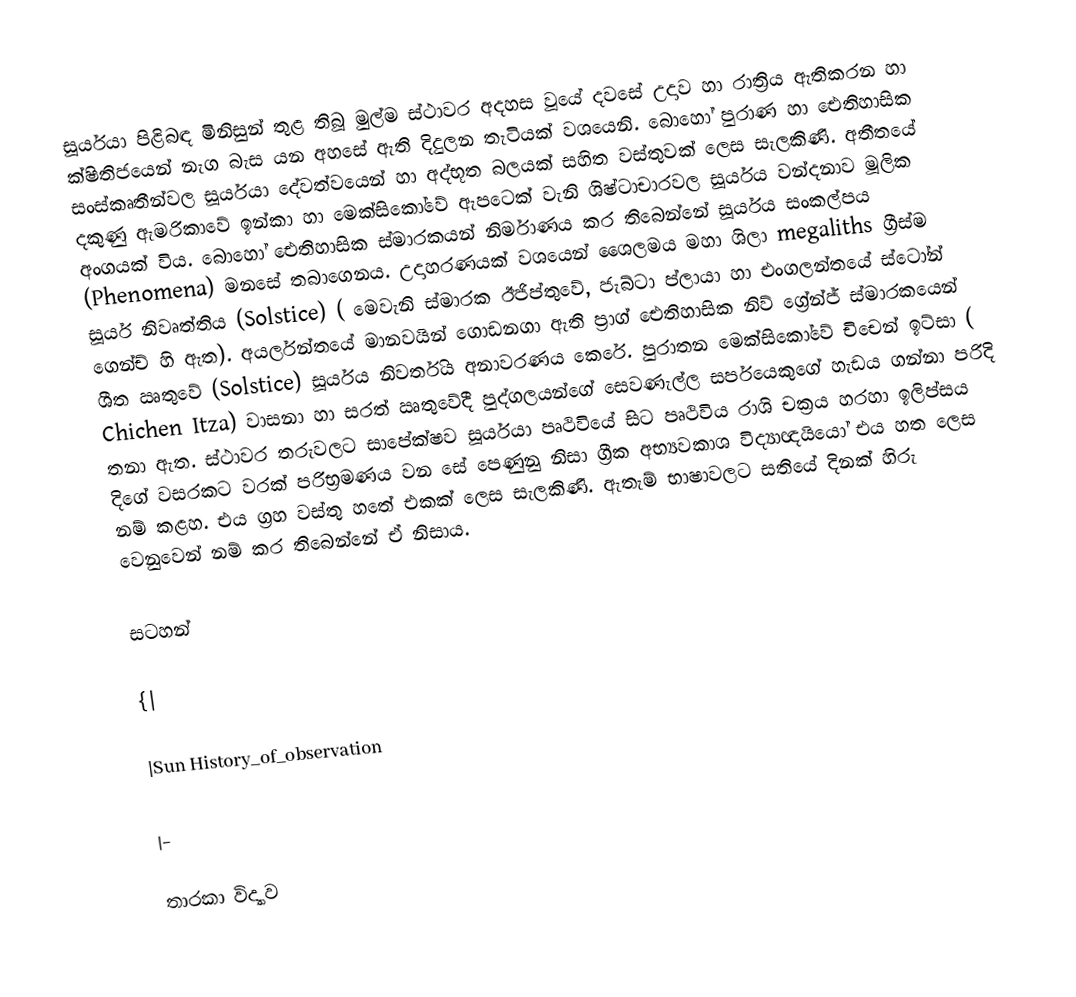
සූර්යයා පිළිබඳ මිනිසුන් තුළ තිබූ මුල්ම ස්ථාවර අදහස වූයේ දවසේ උදාව හා රාත්‍රිය ඇතිකරන හා ක්ෂිතිජයෙන් නැග බැස යන අහසේ ඇති දිදුලන තැටියක් වශයෙනි. බොහෝ පුරාණ හා ඓතිහාසික සංස්කෘතීන්වල සූර්යයා දේවත්වයෙන් හා අද්භූත බලයක් සහිත වස්තුවක් ලෙස සැලකිණි. අතීතයේ දකුණු ඇමරිකාවේ ඉන්කා හා මෙක්සිකෝවේ ඇපටෙක් වැනි ශිෂ්ටාචාරවල සූර්යය වන්දනාව මූලික අංගයක් විය. බොහෝ ඓතිහාසික ස්මාරකයන් නිර්මාණය කර තිබෙන්නේ සූර්යය සංකල්පය (Phenomena) මනසේ තබාගෙනය. උදාහරණයක් වශයෙන් ශෛලමය මහා ශිලා megaliths ග්‍රීස්ම සූර්ය නිවෘත්තිය (Solstice) ( මෙවැනි ස්මාරක ඊජිප්තුවේ, ජැබ්ටා ප්ලායා හා එංගලන්තයේ ස්ටෝන් ගෙන්ච් හි ඇත). අයර්ලන්තයේ මානවයින් ගොඩනගා ඇති ප්‍රාග් ඓතිහාසික නිව් ග්‍රේන්ජ් ස්මාරකයෙන් ශීත ඍතුවේ (Solstice) සූර්යය නිවර්තිය අනාවරණය කෙරේ. පුරාතන මෙක්සිකෝවේ චිචෙන් ඉට්සා ( Chichen Itza) වාසනා හා සරත් ඍතුවේදී පුද්ගලයන්ගේ සෙවණැල්ල සර්පයෙකුගේ හැඩය ගන්නා පරිදි තනා ඇත. ස්ථාවර තරුවලට සාපේක්ෂව සූර්යයා පෘථිවියේ සිට පෘථිවිය රාශි චක්‍රය හරහා ඉලිප්සය දිගේ වසරකට වරක් පරිභ්‍රමණය වන සේ පෙණුනු නිසා ග්‍රීක අභ්‍යවකාශ විද්‍යාඥයියෝ එය හත ලෙස නම් කළහ. එය ග්‍රහ වස්තු හතේ එකක් ලෙස සැලකිණි. ඇතැම් භාෂාවලට සතියේ දිනක් හිරු වෙනුවෙන් නම් කර තිබෙන්නේ ඒ නිසාය.

සටහන්

{|

|Sun History_of_observation

|-

තාරකා විද්‍යාව